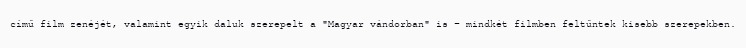
című film zenéjét, valamint egyik daluk szerepelt a "Magyar vándorban" is – mindkét filmben feltűntek kisebb szerepekben.